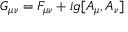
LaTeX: G _ { \mu \nu } = F _ { \mu \nu } + i g [ A _ { \mu } , A _ { \nu } ]